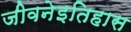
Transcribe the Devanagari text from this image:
जीवनेइतिहास